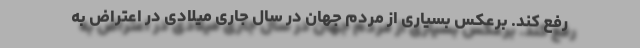
رفع کند. برعکس بسیاری از مردم جهان در سال جاری میلادی در اعتراض به